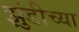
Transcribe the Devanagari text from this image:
झुंडीच्या